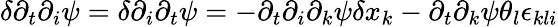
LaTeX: \delta\partial_{t}\partial_{i}\psi=\delta\partial_{i}\partial_{t}\psi=-\partial_{t}\partial_{i}\partial_{k}\psi\delta x_{k}-\partial_{t}\partial_{k}\psi\theta_{l}\epsilon_{kli}